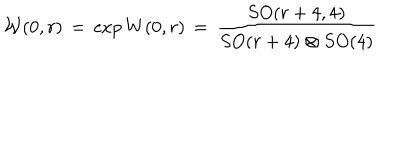
LaTeX: { \cal W } ( 0 , r ) \, = \, \exp { W ( 0 , r ) } \, = \, \frac { S O ( r + 4 , 4 ) } { S O ( r + 4 ) \otimes S O ( 4 ) }